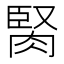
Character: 𦜜